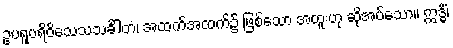
ဥပရူပရိဝိသေသသင်္ခါတံ၊ အထက်အထက်၌ ဖြစ်သော အထူးဟု ဆိုအပ်သော။ ဣဒ္ဓိံ၊